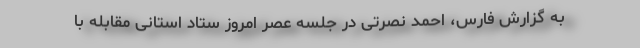
به گزارش فارس، احمد نصرتی در جلسه عصر امروز ستاد استانی مقابله با